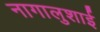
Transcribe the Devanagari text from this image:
नागालुशाई